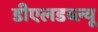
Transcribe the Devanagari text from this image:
डीएलडब्ल्यू